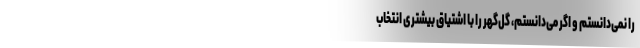
را نمی‌دانستم و اگر می‌دانستم، گل‌گهر را با اشتیاق بیشتری انتخاب